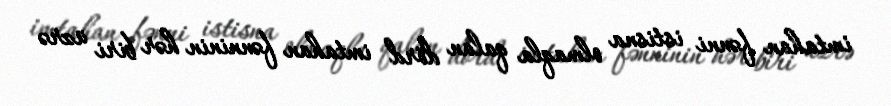
imtahan fənni istisna olmaqla qalan dörd imtahan fənninin hər biri üzrə